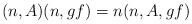
LaTeX: \begin{align*}(n,A)(n,gf) = n(n,A,gf)\end{align*}